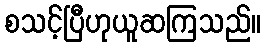
စသင့်ပြီဟုယူဆကြသည်။